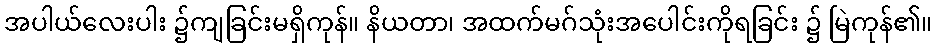
အပါယ်လေးပါး ၌ကျခြင်းမရှိကုန်။ နိယတာ၊ အထက်မဂ်သုံးအပေါင်းကိုရခြင်း ၌ မြဲကုန်၏။